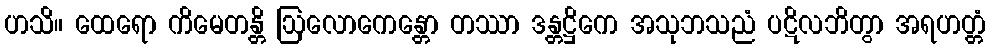
ဟသိ။ ထေရော ကိမေတန္တိ ဩလောကေန္တော တဿာ ဒန္တဋ္ဌိကေ အသုဘသညံ ပဋိလဘိတွာ အရဟတ္တံ